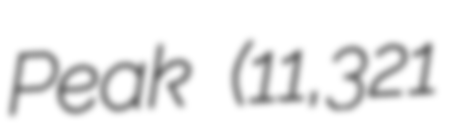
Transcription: Peak (11,321